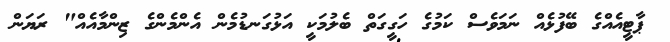
ޕާޓީއެއްގެ ބޭފުޅެއް ނަމަވެސް ކަމުގެ ހަގީގަތް ބެލުމަކީ އަޅުގަނޑުމެން އެންމެންގެ ޒިންމާއެއް" ރަޔަން